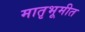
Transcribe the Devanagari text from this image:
मातृभूमीत